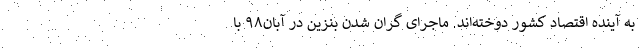
به آینده اقتصاد کشور دوخته‌اند. ماجرای گران شدن بنزین در آبان۹۸ با